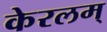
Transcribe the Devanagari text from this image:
केरलम्